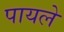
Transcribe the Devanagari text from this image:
पायले